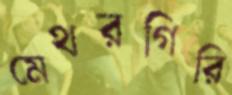
মেথরগিরি